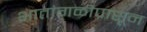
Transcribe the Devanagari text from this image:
भातांगळीपासून